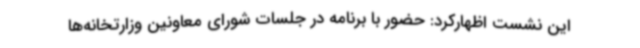
این نشست اظهارکرد: حضور با برنامه در جلسات شورای معاونین وزارتخانه‌ها